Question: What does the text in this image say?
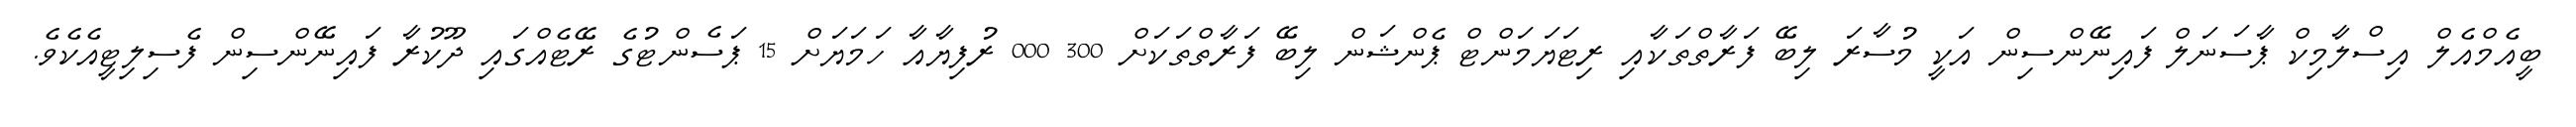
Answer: ބީއެމްއެލް އިސްލާމިކް ޕާސަނަލް ފައިނޭންސިން އަކީ މުސާރަ ލިބޭ ފަރާތްތަކާއި ރިޓަޔަމަންޓް ޕެންޝަން ލިބޭ ފަރާތްތަކަށް 300 000 ރުފިޔާއާ ހަމަޔަށް 15 ޕަސެންޓުގެ ރޭޓެއްގައި ދޫކުރާ ފައިނޭންސިން ފެސިލިޓީއެކެވެ.